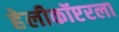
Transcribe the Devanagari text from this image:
हेलीकॉप्टरला